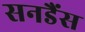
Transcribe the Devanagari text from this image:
सनडैंस